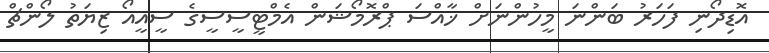
އޮޑިދޯނި ފަހަރު ބަންނަ މީހުންނަށް ޚާއްސަ ޕްރޮމޯޝަން އެމްޓީސީސީގެ ސީއީއޯ ޒިޔަތު ލޯންޗް